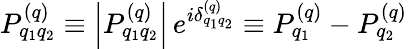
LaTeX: P_{q_{1}q_{2}}^{(q)}\equiv\left|P_{q_{1}q_{2}}^{(q)}\right|\, e^{i\delta_{q_{1}q_{2}}^{(q)}}\equiv P_{q_{1}}^{(q)}-P_{q_{2}}^{(q)}